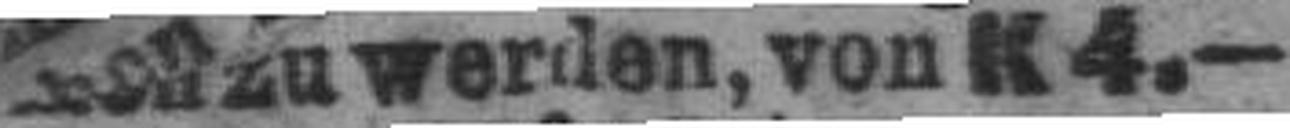
### zu werden, von K4.—